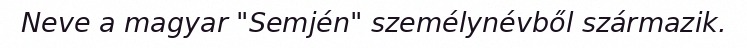
Neve a magyar "Semjén" személynévből származik.